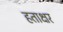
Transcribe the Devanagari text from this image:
हताक्षर